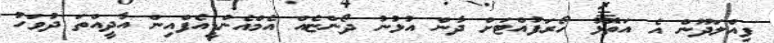
ފިއްލަދޫން އެ އަތޮޅު ހޯރަފުއްޓަށް ދާން އުޅުނު ދޯންޏެއް އެމްއެންޑީއެފްއިން އާދީއްތަ ދުވަހު